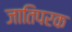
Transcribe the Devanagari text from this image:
जातिपरक